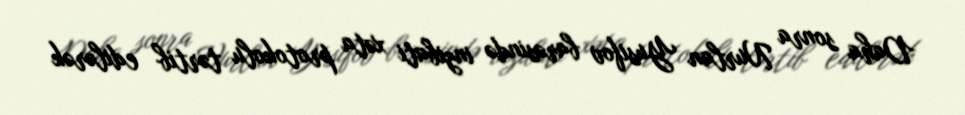
Daha sonra Nurlan Yusifov barəsində inzibati xəta protokolu tərtib edilərək